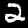
Digit: 2